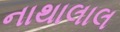
નાથાલાલ